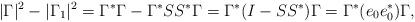
LaTeX: \begin{align*} |\Gamma|^2 - |\Gamma_1|^2 = \Gamma^* \Gamma - \Gamma^* S S^* \Gamma = \Gamma^* (I - SS^*) \Gamma = \Gamma^* (e_0 e_0^*) \Gamma, \end{align*}